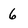
Character: 6